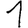
Digit: 1